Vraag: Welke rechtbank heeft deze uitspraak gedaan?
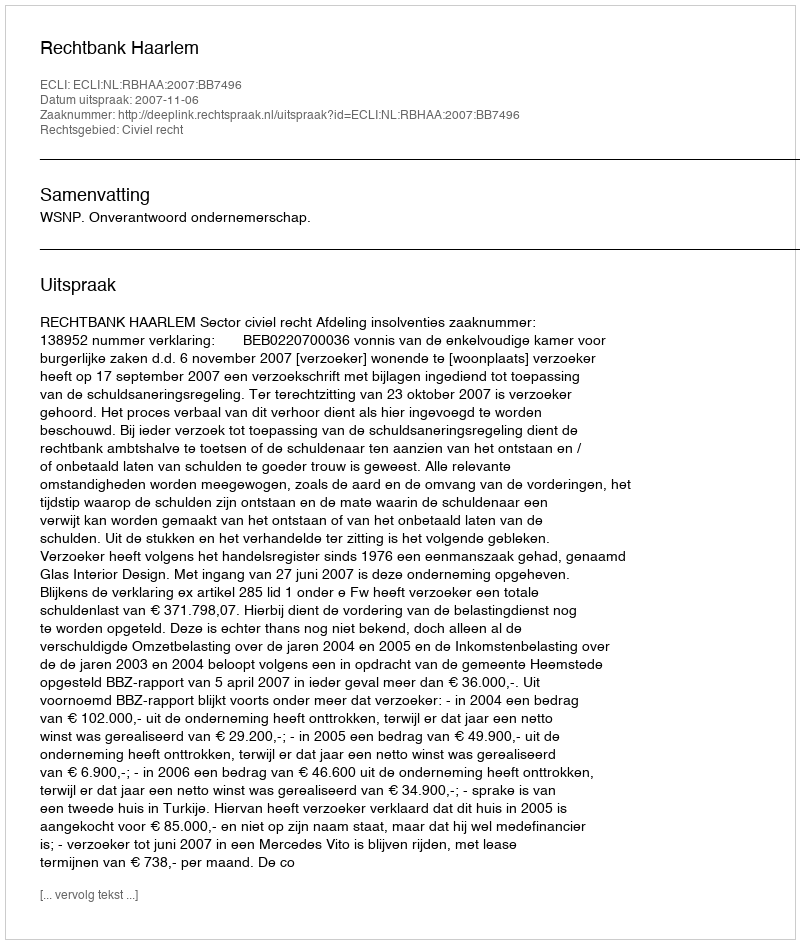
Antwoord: Rechtbank Haarlem